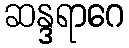
ဆန္ဒရာဂေ